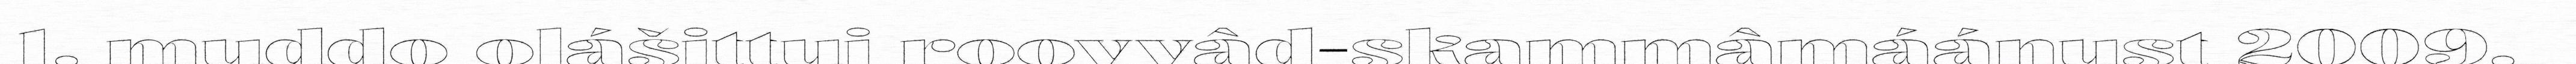
1. muddo olášittui roovvâd-skammâmáánust 2009.